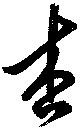
杏